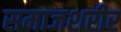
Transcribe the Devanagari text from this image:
समाजशरीर